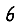
Digit: 6